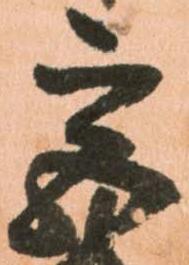
宮